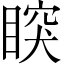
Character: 𥈳